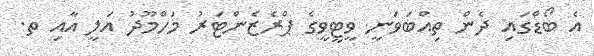
އެ ބޯޑްގައި ދެން ތިއްބަވަނީ ވީޓީވީގެ ޕްރެޒެންޓަރު މަހްމޫދު އަލީ އާއި ތ.